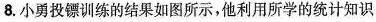
8.小勇投镖训练的结果如图所示，他利用所学的统计知识